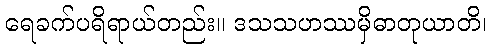
ရေခက်ပရိရာယ်တည်း။ ဒသသဟဿမှိဓာတုယာတိ၊